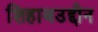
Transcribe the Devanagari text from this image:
शिहाबउद्दीन